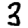
Digit: 3